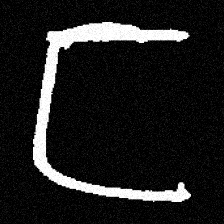
Pyu character \u2014 Myanmar letter: ဋ (romanized: tta)